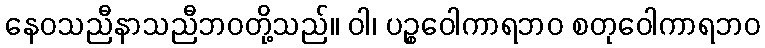
နေဝသညီနာသညီဘဝတို့သည်။ ဝါ၊ ပဉ္စဝေါကာရဘဝ စတုဝေါကာရဘဝ